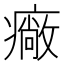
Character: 𤺲